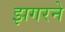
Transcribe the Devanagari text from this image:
झगरने